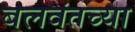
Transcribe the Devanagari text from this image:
बलवंतच्या